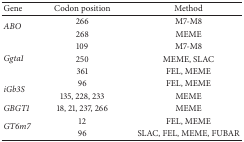
<table><thead><tr><td><b>Gene</b></td><td><b>Codon position</b></td><td><b>Method</b></td></tr></thead><tbody><tr><td rowspan="2"><i>ABO</i></td><td>266</td><td>M7-M8</td></tr><tr><td>268</td><td>MEME</td></tr><tr><td rowspan="3"><i>Ggta1</i></td><td>109</td><td>M7-M8</td></tr><tr><td>250</td><td>MEME, SLAC</td></tr><tr><td>361</td><td>FEL, MEME</td></tr><tr><td rowspan="2"><i>iGb3S</i></td><td>96</td><td>FEL, MEME</td></tr><tr><td>135, 228, 233</td><td>MEME</td></tr><tr><td><i>GBGT1</i></td><td>18, 21, 237, 266</td><td>MEME</td></tr><tr><td rowspan="2"><i>GT6m7</i></td><td>12</td><td>FEL, MEME</td></tr><tr><td>96</td><td>SLAC, FEL, MEME, FUBAR</td></tr></tbody></table>